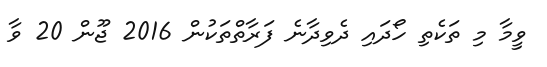
ވީމާ މި ތަކެތި ހޯދައި ދެވިދާނެ ފަރާތްތަކުން 2016 ޖޫން 20 ވާ